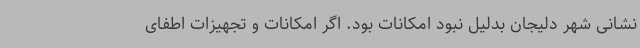
نشانی شهر دلیجان بدلیل نبود امکانات بود. اگر امکانات و تجهیزات اطفای